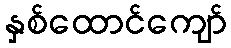
နှစ်ထောင်ကျော်